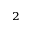
_ 2